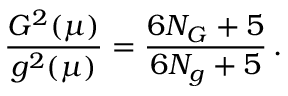
\frac { G ^ { 2 } ( \mu ) } { g ^ { 2 } ( \mu ) } = \frac { 6 N _ { G } + 5 } { 6 N _ { g } + 5 } \, .